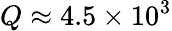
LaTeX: Q\approx 4.5\times 10^{3}